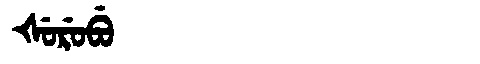
Manchu: ᡧᡠᡵᡠᠪᡠ
Romanization: ŠURUBU